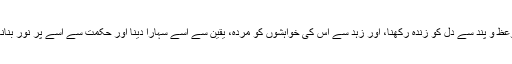
وعظ و پند سے دل کو زندہ رکھنا، اور زُہد سے اس کی خواہشوں کو مردہ، یقین سے اُسے سہارا دینا اور حکمت سے اسے پُر نور بنانا۔